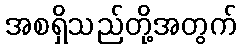
အစရှိသည်တို့အတွက်